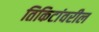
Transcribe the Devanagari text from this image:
तिकिटांवरील